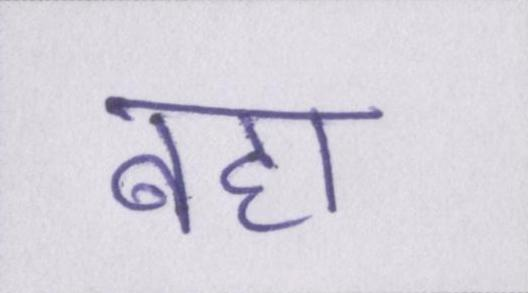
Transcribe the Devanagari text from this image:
बहा